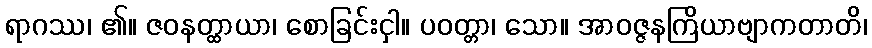
ရာဂဿ၊ ၏။ ဇဝနတ္ထာယာ၊ စောခြင်းငှါ။ ပဝတ္တာ၊ သော။ အာဝဇ္ဇနကြိယာဗျာကတာတိ၊